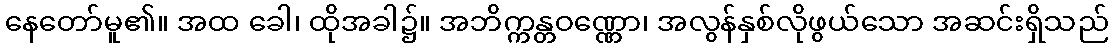
နေတော်မူ၏။ အထ ခေါ၊ ထိုအခါ၌။ အဘိက္ကန္တဝဏ္ဏော၊ အလွန်နှစ်လိုဖွယ်သော အဆင်းရှိသည်